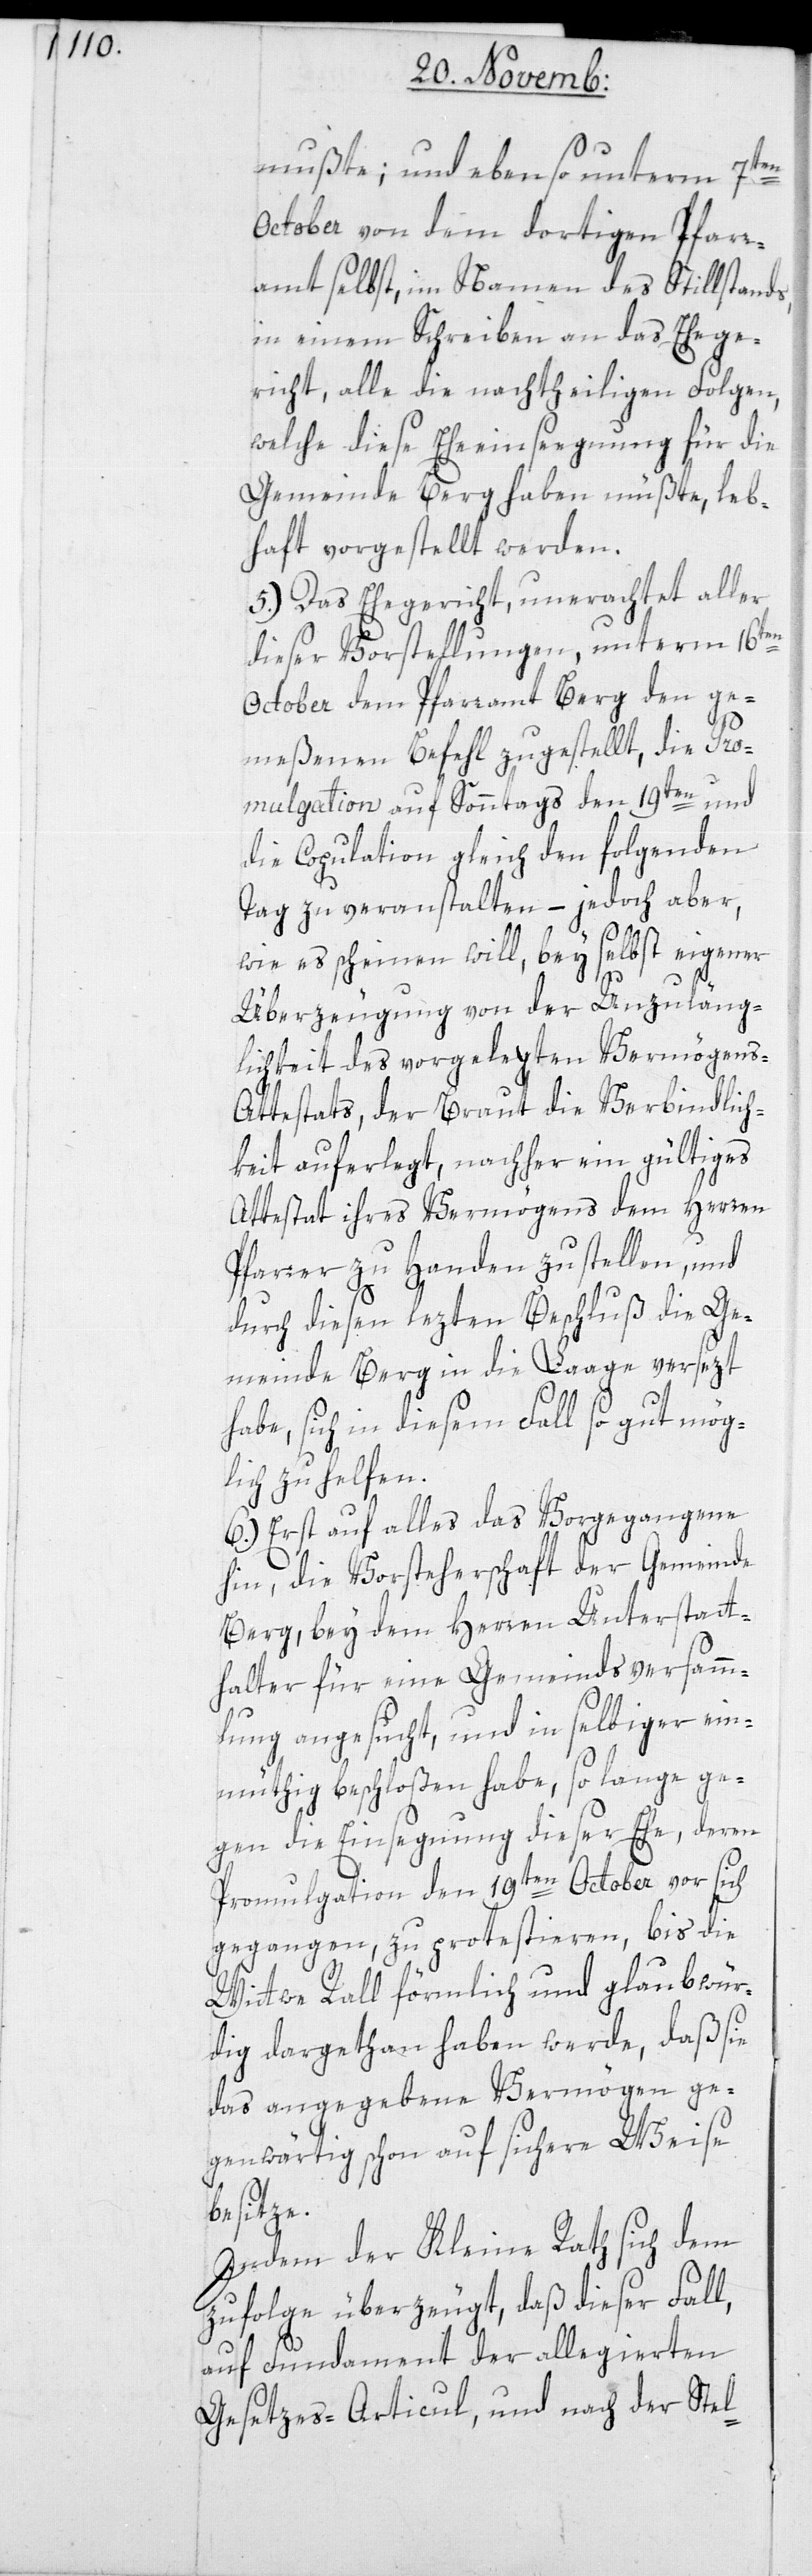
mußte; und ebenso unterm 7ten
October von dem dortigen Pfarr¬
amt selbst, im Namen des Stillstands,
in einem Schreiben an das Ehege¬
richt, alle die nachtheiligen Folgen,
welche diese Eheeinsegnungen für die
Gemeinde Berg haben müßte, leb¬
haft vorgestellt werden.
5.) Das Ehegericht, unerachtet aller
dieser Vorstellungen, unterm 16ten
October dem Pfarramt Berg den ge¬
meßenen Befehl zugestellt, die Pro¬
mulgation auf Sonntags den 19ten, und
die Copulation gleich den folgenden
Tag zu veranstalten, – jedoch aber,
wie es scheinen will, bey selbst eigener
Überzeugung von der Unzuläng¬
lichkeit des vorgelegten Vermögen¬
s-Attestats, der Braut die Verbindlich¬
keit auferlegt, nachher ein gültiges
Attestat ihres Vermögens dem Herren
Pfarrer zu Handen zu stellen, und
durch diesen lezten Beschluß die Ge¬
meinde Berg in die Laage versezt
habe, sich in diesem Fall so gut mög¬
lich zu helfen.
6.) Erst auf alles das Vorgegangene
hin, die Vorsteherschaft der Gemeinde
Berg, bey dem Herren Unterstatt¬
halter für eine Gemeindsversamm¬
lung angesucht, und in selbiger ein¬
müthig beschloßen habe, so lange ge¬
gen die Einsegnung dieser Ehe, deren
Promulgation den 19ten October vor sich
gegangen, zu protestieren, bis die
Wittwe Rall förmlich und glaubwür¬
dig dargethan haben werde, daß sie
das angegebene Vermögen ge¬
genwärtig schon auf sichere Weise
besitze.
Indem der Kleine Rath sich dem
zufolge überzeugt, daß dieser Fall,
auf Fundament der allegierten
Gesetzes-Articul, und nach der Stel-